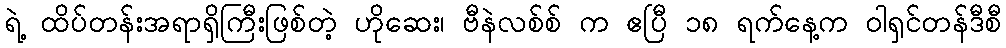
ရဲ့ ထိပ်တန်းအရာရှိကြီးဖြစ်တဲ့ ဟိုဆေး၊ ဗီနဲလစ်စ် က ဧပြီ ၁၈ ရက်နေ့က ဝါရှင်တန်ဒီစီ